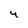
Character: 4